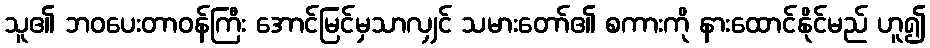
သူ၏ ဘဝပေးတာဝန်ကြီး အောင်မြင်မှသာလျှင် သမားတော်၏ စကားကို နားထောင်နိုင်မည် ဟူ၍